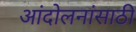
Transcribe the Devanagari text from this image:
आंदोलनांसाठी